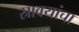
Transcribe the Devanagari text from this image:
स्रावयांचा